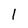
Character: l